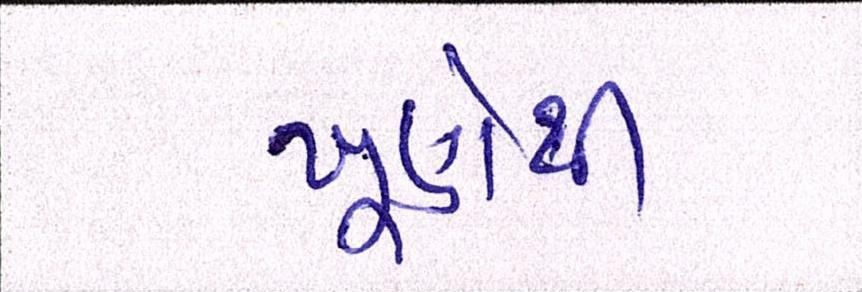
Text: ખૂણેથી